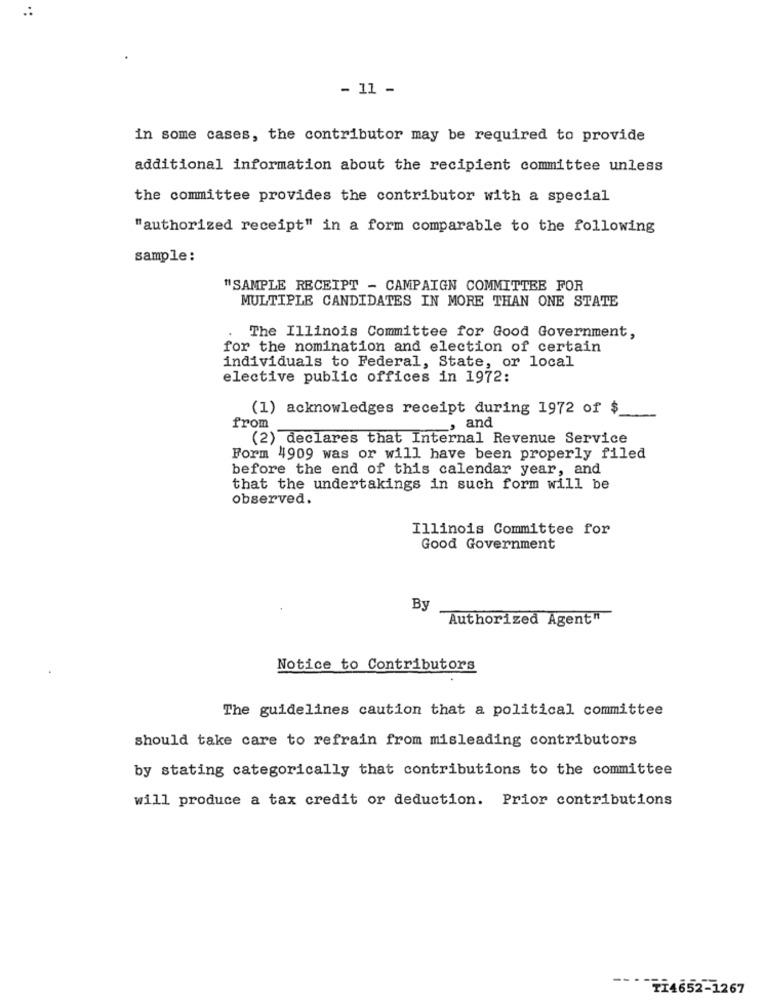
.:
- 11 -
in some cases, the contributor may be required to provide
additional information about the recipient committee unless
the committee provides the contributor with a special
"authorized receipt" in a form comparable to the following
sample:
"SAMPLE RECEIPT - CAMPAIGN COMMITTEE FOR
MULTIPLE CANDIDATES IN MORE THAN ONE STATE
The Illinois Committee for Good Government,
for the nomination and election of certain
individuals to Federal, State, or local
elective public offices in 1972:
(1) acknowledges receipt during 1972 of $
, and
from
(2) declares that Internal Revenue Service
Form 4909 was or will have been properly filed
before the end of this calendar year, and
that the undertakings in such form will be
observed.
Illinois Committee for
Good Government
By
Authorized Agent"
Notice to Contributors
The guidelines caution that a political committee
should take care to refrain from misleading contributors
by stating categorically that contributions to the committee
will produce a tax credit or deduction. Prior contributions
TI4652-1267